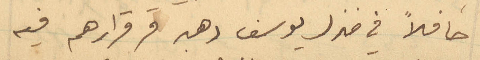
حافلاً في منزل يوسف دهبه وقرارهم فيه